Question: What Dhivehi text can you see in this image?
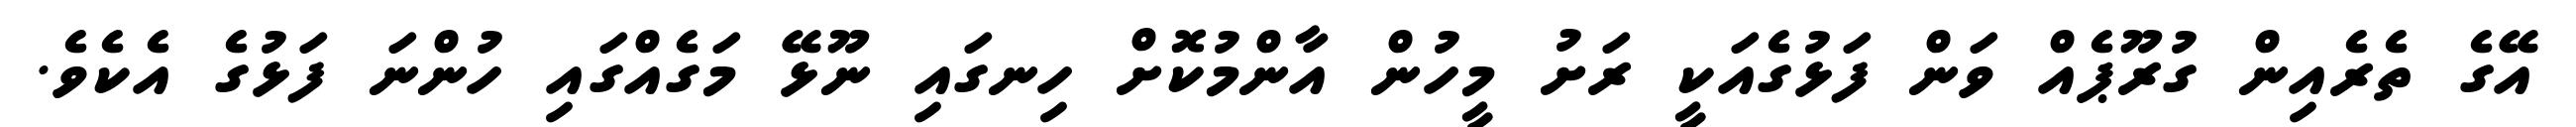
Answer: އޭގެ ތެރެއިން ގުރޫޕެއް ވަން ފަޅުގެއަކީ ރަށު މީހުން އާންމުކޮށް ހިނގައި ނޫޅޭ މަގެއްގައި ހުންނަ ފަޅުގެ އެކެވެ.